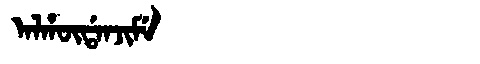
Manchu: ᠠᠯᡥᡡᡩᠠᠨᠵᡳᠮᡝ
Romanization: ALHŪDANJIME